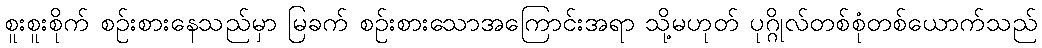
စူးစူးစိုက် စဉ်းစားနေသည်မှာ မြခက် စဉ်းစားသောအကြောင်းအရာ သို့မဟုတ် ပုဂ္ဂိုလ်တစ်စုံတစ်ယောက်သည်